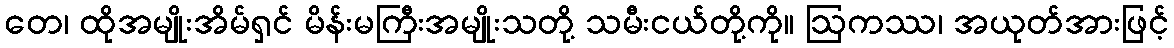
တေ၊ ထိုအမျိုးအိမ်ရှင် မိန်းမကြီးအမျိုးသတို့ သမီးငယ်တို့ကို။ ဩကဿ၊ အယုတ်အားဖြင့်